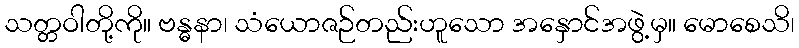
သတ္တဝါတို့ကို။ ဗန္ဓနာ၊ သံယောဇဉ်တည်းဟူသော အနှောင်အဖွဲ့မှ။ မောစေသိ၊